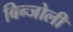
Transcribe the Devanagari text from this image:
बिन्जोली